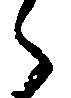
々